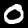
Digit: 0